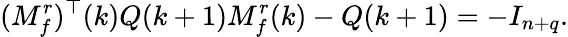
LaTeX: (M_{f}^{r})^{\top}(k)Q(k+1)M_{f}^{r}(k)-Q(k+1)=-I_{n+q}.